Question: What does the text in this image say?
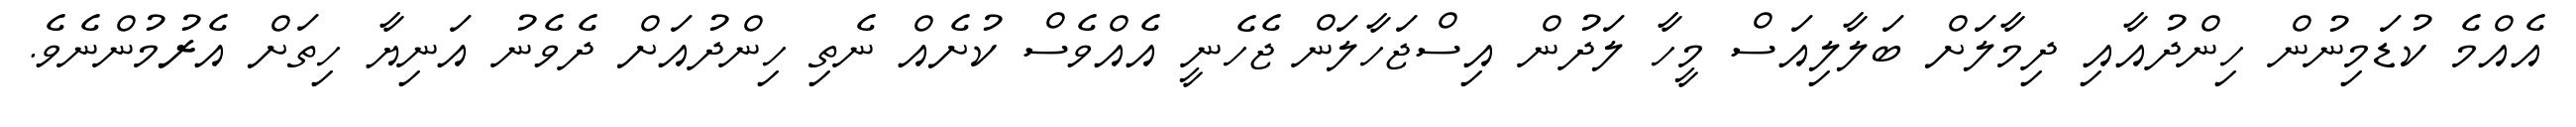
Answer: އެއްމެ ކުޑަމިނުން ހިންދުއާއި ދިމާލަށް ބަލާލިއަސް މީހާ ލަދުން އިސްޖަހާލަން ޖެހެނީ އެއްވެސް ކުށެއް ނެތި ހިންދުއަށް ދެވެނު އަނިޔާ ހިތަށް އެރުމުންނެވެ.